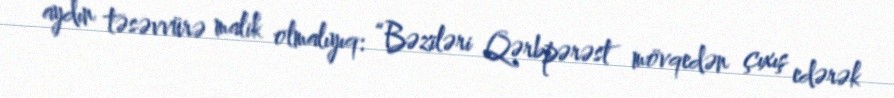
aydın təsəvvürə malik olmalıyıq: “Bəziləri Qərbpərəst mövqedən çıxış edərək